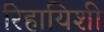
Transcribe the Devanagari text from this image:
रिहायिशी